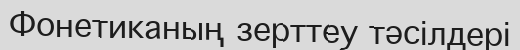
Фонетиканың зерттеу тәсілдері